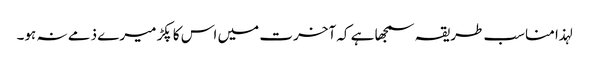
لہذا مناسب طریقہ سمجھا ہے کہ آخرت میں اس کا پکڑ میرے ذمے نہ ہو۔